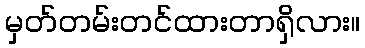
မှတ်တမ်းတင်ထားတာရှိလား။